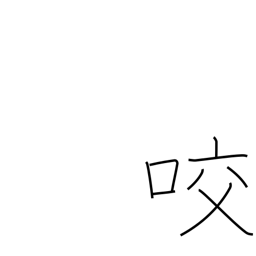
Meaning: gear with